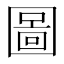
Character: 圖